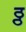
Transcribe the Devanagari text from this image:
ठ्ठ